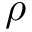
\rho